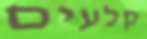
קלעים